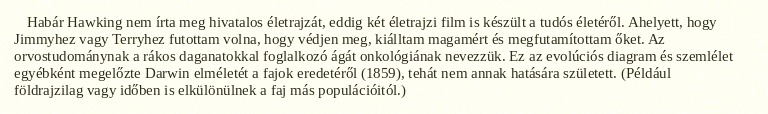
Habár Hawking nem írta meg hivatalos életrajzát, eddig két életrajzi film is készült a tudós életéről. Ahelyett, hogy Jimmyhez vagy Terryhez futottam volna, hogy védjen meg, kiálltam magamért és megfutamítottam őket. Az orvostudománynak a rákos daganatokkal foglalkozó ágát onkológiának nevezzük. Ez az evolúciós diagram és szemlélet egyébként megelőzte Darwin elméletét a fajok eredetéről (1859), tehát nem annak hatására született. (Például földrajzilag vagy időben is elkülönülnek a faj más populációitól.)